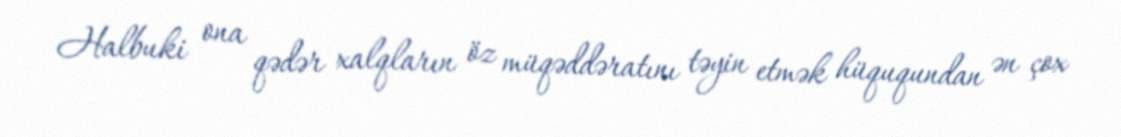
Halbuki ona qədər xalqların öz müqəddəratını təyin etmək hüququndan ən çox